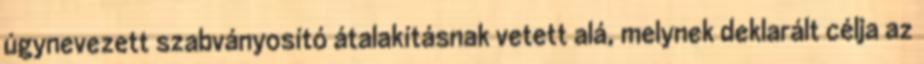
úgynevezett szabványosító átalakításnak vetett alá, melynek deklarált célja az